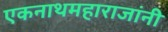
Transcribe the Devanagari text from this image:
एकनाथमहाराजांनी